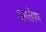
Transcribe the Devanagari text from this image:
अंगरोपण